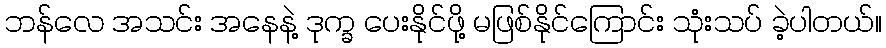
ဘန်လေ အသင်း အနေနဲ့ ဒုက္ခ ပေးနိုင်ဖို့ မဖြစ်နိုင်ကြောင်း သုံးသပ် ခဲ့ပါတယ်။